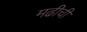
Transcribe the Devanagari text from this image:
मढीची